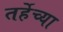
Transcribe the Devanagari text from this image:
तर्हेच्या